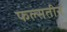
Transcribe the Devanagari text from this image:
फल्सतीन